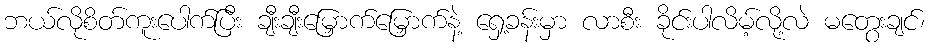
ဘယ်လိုစိတ်ကူးပေါက်ပြီး ချီးချီးမြှောက်မြှောက်နဲ့ ရှေ့ခန်းမှာ လာစီး ခိုင်းပါလိမ့်လို့လဲ မတွေးချင်၊